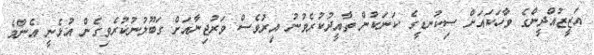
އަޒީޒުއްދީންގެ ވާހަކައަށް ސިކުނޑީގެ ކަނަކުން ތާއީދުކުރެވުނު އިރުވެސް ވަރުޖިނާއަށް ގަބޫލުނުކުރެވިގެން އުޅެނީ އެންމެ